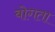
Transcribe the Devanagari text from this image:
बोगता